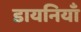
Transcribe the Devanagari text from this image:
डायनियाँ